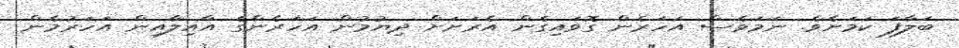
ބަލާފަ ކަމަށެވެ. ނަމަވެސް އަހަރެން ގޮވައިގެން އެރަށަށް ދިޔުމުން އަހަރެންގެ އާއިލާއިން އަހަރުމެން